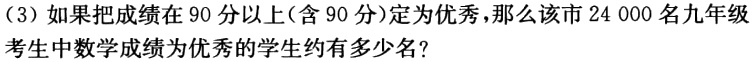
（3）如果把成绩在90分以上(含90分)定为优秀，那么该市24 000名九年级考生中数学成绩为优秀的学生约有多少名?